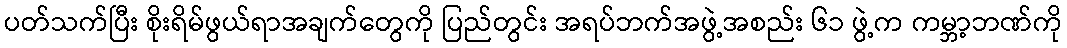
ပတ်သက်ပြီး စိုးရိမ်ဖွယ်ရာအချက်တွေကို ပြည်တွင်း အရပ်ဘက်အဖွဲ့အစည်း ၆၁ ဖွဲ့က ကမ္ဘာ့ဘဏ်ကို